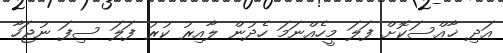
އަދި ޚާއްސަކޮށް ފަލަ މީހެއްނަމަ ހެދުން ލާއިރު ކުރު ފަލަ ސިފަ ނުޖަހާ